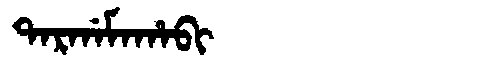
Manchu: ᡨᠠᡵᡤᠠᠮᠠᡥᠠᠪᡳ
Romanization: TARGAMAHABI